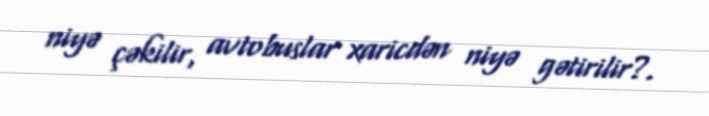
niyə çəkilir, avtobuslar xaricdən niyə gətirilir?.